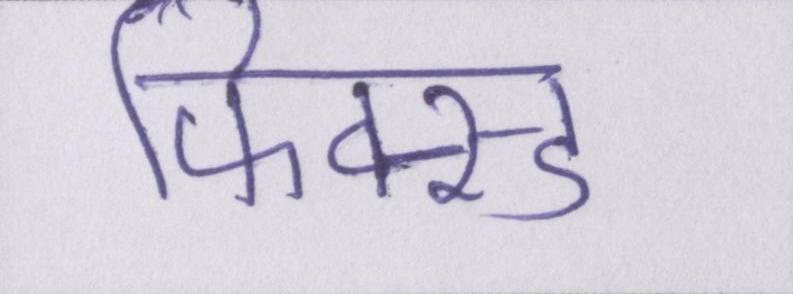
फिक्स्ड